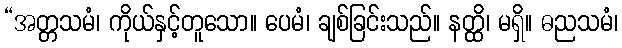
“အတ္တသမံ၊ ကိုယ်နှင့်တူသော။ ပေမံ၊ ချစ်ခြင်းသည်။ နတ္ထိ၊ မရှိ။ ဓညသမံ၊